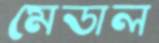
মেডাল